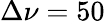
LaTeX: \Delta\nu=50